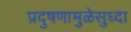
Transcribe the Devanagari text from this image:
प्रदुषणामुळेसुध्दा